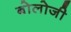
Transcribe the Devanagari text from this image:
बोलोजी